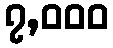
၇,၀၀၀